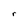
Character: r